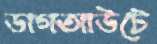
ডাগআউটে